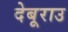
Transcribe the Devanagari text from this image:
देबूराउ